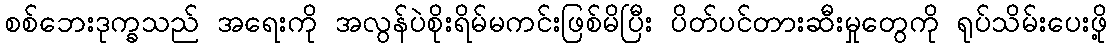
စစ်ဘေးဒုက္ခသည် အရေးကို အလွန်ပဲစိုးရိမ်မကင်းဖြစ်မိပြီး ပိတ်ပင်တားဆီးမှုတွေကို ရုပ်သိမ်းပေးဖို့